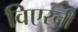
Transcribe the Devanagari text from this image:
विएरनी